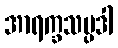
အာရက္ခသမ္ပဒါ